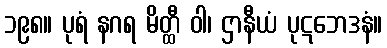
၁၉၈။ ပုရံ နဂရ မိတ္ထီ ဝါ၊ ဌာနီယံ ပုဋဘေဒနံ။